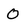
Character: O